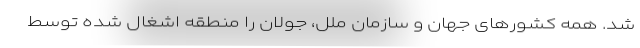
شد. همه کشورهای جهان و سازمان ملل، جولان را منطقه اشغال شده توسط